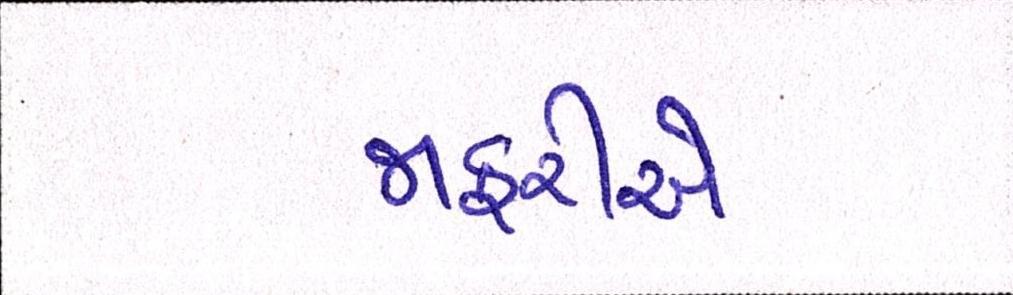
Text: જાફરીએ